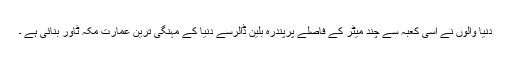
دنیا والوں نے اسی کعبہ سے چند میٹر کے فاصلے پرپندرہ بلین ڈالرسے دنیا کے مہنگی ترین عمارت مکہ ٹاور بنائی ہے ۔